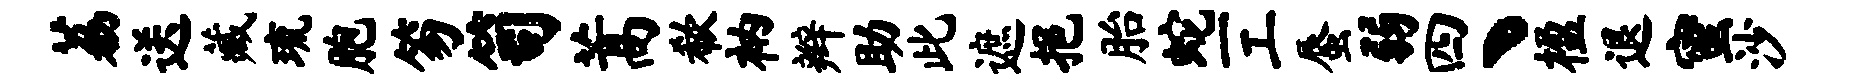
荔送藏琉胞笏笥蒿欷衲辫助此遮挹胎蛇一工蜃弱四丶楹退蜜沙